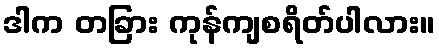
ဒါက တခြား ကုန်ကျစရိတ်ပါလား။